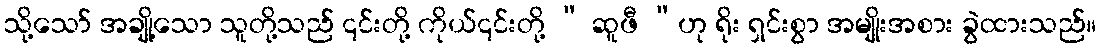
သို့သော် အချို့သော သူတို့သည် ၎င်းတို့ ကိုယ်၎င်းတို့ “ ဆူဖီ “ဟု ရိုး ရှင်းစွာ အမျိုးအစား ခွဲထားသည်။